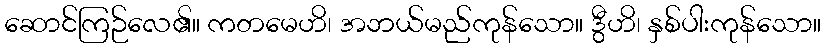
ဆောင်ကြဉ်လေ၏။ ကတမေဟိ၊ အဘယ်မည်ကုန်သော။ ဒွီဟိ၊ နှစ်ပါးကုန်သော။